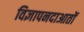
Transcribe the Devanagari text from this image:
विज्ञापनदाआतों